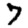
Digit: 7